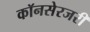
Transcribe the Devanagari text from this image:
कॉनसेरजरी